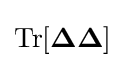
\mathrm {Tr} [{\boldsymbol {\Delta }}{\boldsymbol {\Delta }}]